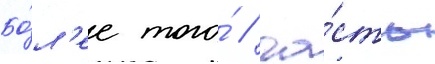
Бо́л'ее того́ / ча́сть